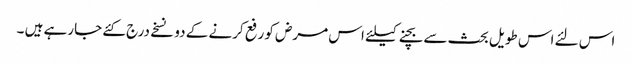
اس لئے اس طویل بحث سے بچنے کیلئے اس مرض کو رفع کرنے کے دو نسخے درج کئے جارہے ہیں ۔